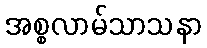
အစ္စလာမ်သာသနာ